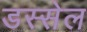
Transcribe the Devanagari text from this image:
डस्सेल